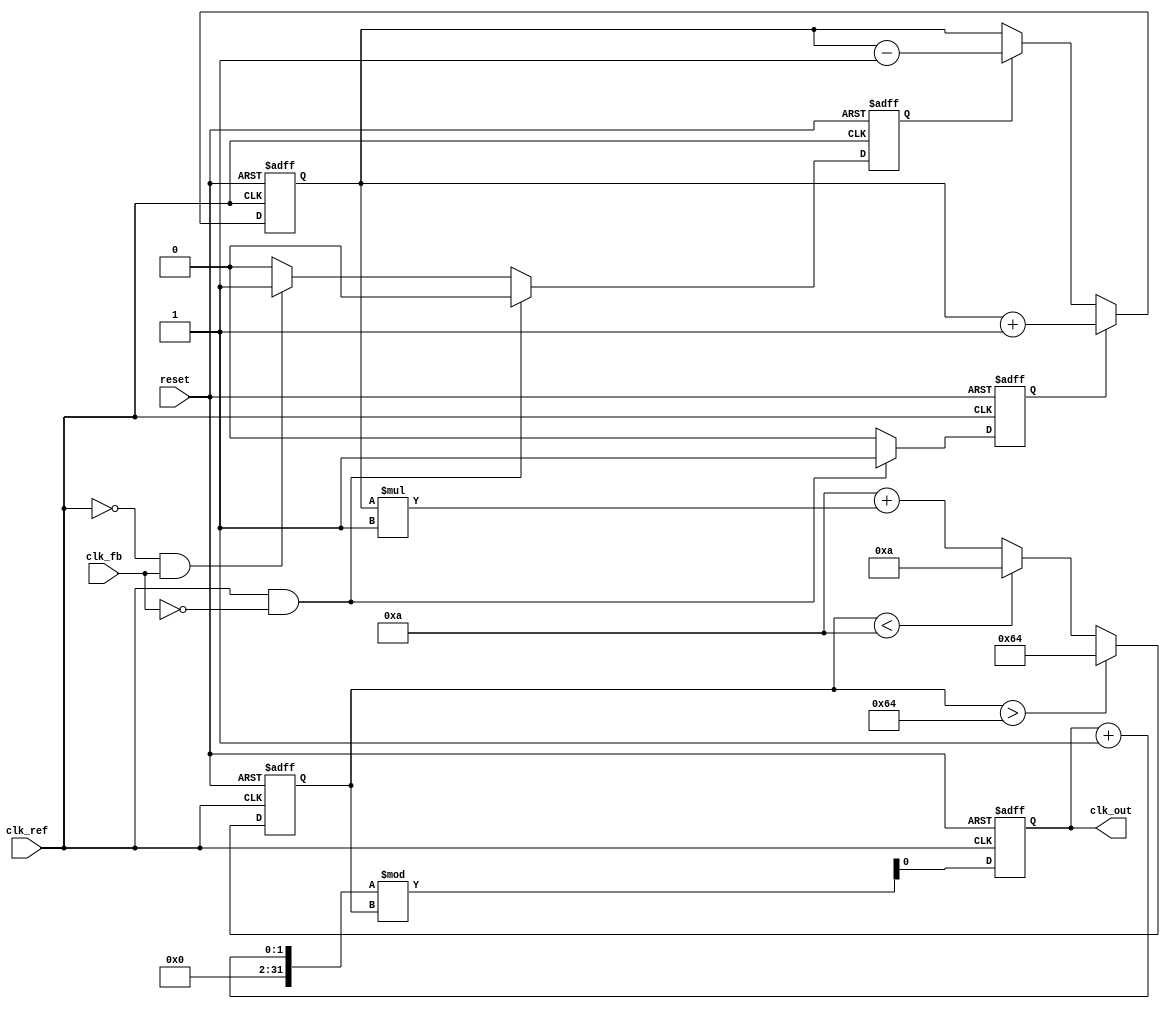
module CP_PLL (
    input wire clk_ref,          // Reference clock input
    input wire clk_fb,           // Feedback clock input
    input wire reset,            // Asynchronous reset
    output reg clk_out           // Output clock from VCO
);

// Parameters
parameter VCO_MAX_FREQ = 100;  // Max frequency for VCO
parameter VCO_MIN_FREQ = 10;   // Min frequency for VCO
parameter K_CP = 1;            // Charge Pump gain
parameter K_LF = 1;            // Loop Filter gain

// Internal signals
reg [7:0] vco_freq;            // VCO frequency control variable
reg up, down;                  // Signals from PFD
reg [7:0] loop_filter;         // Loop filter output

// Phase Frequency Detector (PFD)
always @(posedge clk_ref or posedge reset) begin
    if (reset) begin
        up <= 0;
        down <= 0;
    end else begin
        if (clk_ref && !clk_fb) begin
            up <= 1;  // Feedback clock is lagging
            down <= 0;
        end else if (!clk_ref && clk_fb) begin
            up <= 0;
            down <= 1;  // Feedback clock is leading
        end else begin
            up <= 0;
            down <= 0;  // No phase difference
        end
    end
end

// Charge Pump (CP)
always @(posedge clk_ref or posedge reset) begin
    if (reset) begin
        loop_filter <= 0;
    end else begin
        if (up) begin
            loop_filter <= loop_filter + K_CP;  // Source current
        end else if (down) begin
            loop_filter <= loop_filter - K_CP;  // Sink current
        end
    end
end

// Loop Filter (simplified)
always @(posedge clk_ref or posedge reset) begin
    if (reset) begin
        vco_freq <= VCO_MIN_FREQ;  // Initialize VCO frequency
    end else begin
        // Adjust VCO frequency based on loop filter output
        vco_freq <= VCO_MIN_FREQ + (loop_filter * K_LF);
        if (vco_freq > VCO_MAX_FREQ) begin
            vco_freq <= VCO_MAX_FREQ;  // Clamp to max frequency
        end else if (vco_freq < VCO_MIN_FREQ) begin
            vco_freq <= VCO_MIN_FREQ;  // Clamp to min frequency
        end
    end
end

// Voltage-Controlled Oscillator (VCO)
always @(posedge clk_ref or posedge reset) begin
    if (reset) begin
        clk_out <= 0;
    end else begin
        // Generate output clock based on VCO frequency
        // This is a placeholder for actual VCO behavior
        clk_out <= (clk_out + 1) % vco_freq;  // Simple counter for output
    end
end

endmodule